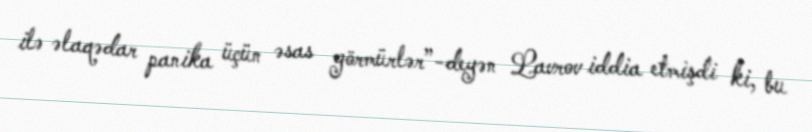
ilə əlaqədar panika üçün əsas görmürlər”-deyən Lavrov iddia etmişdi ki, bu